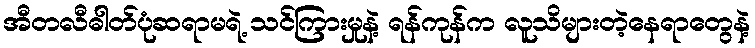
အီတလီဓါတ်ပုံဆရာမရဲ့ သင်ကြားမှုနဲ့ ရန်ကုန်က လူသိများတဲ့နေရာတွေနဲ့